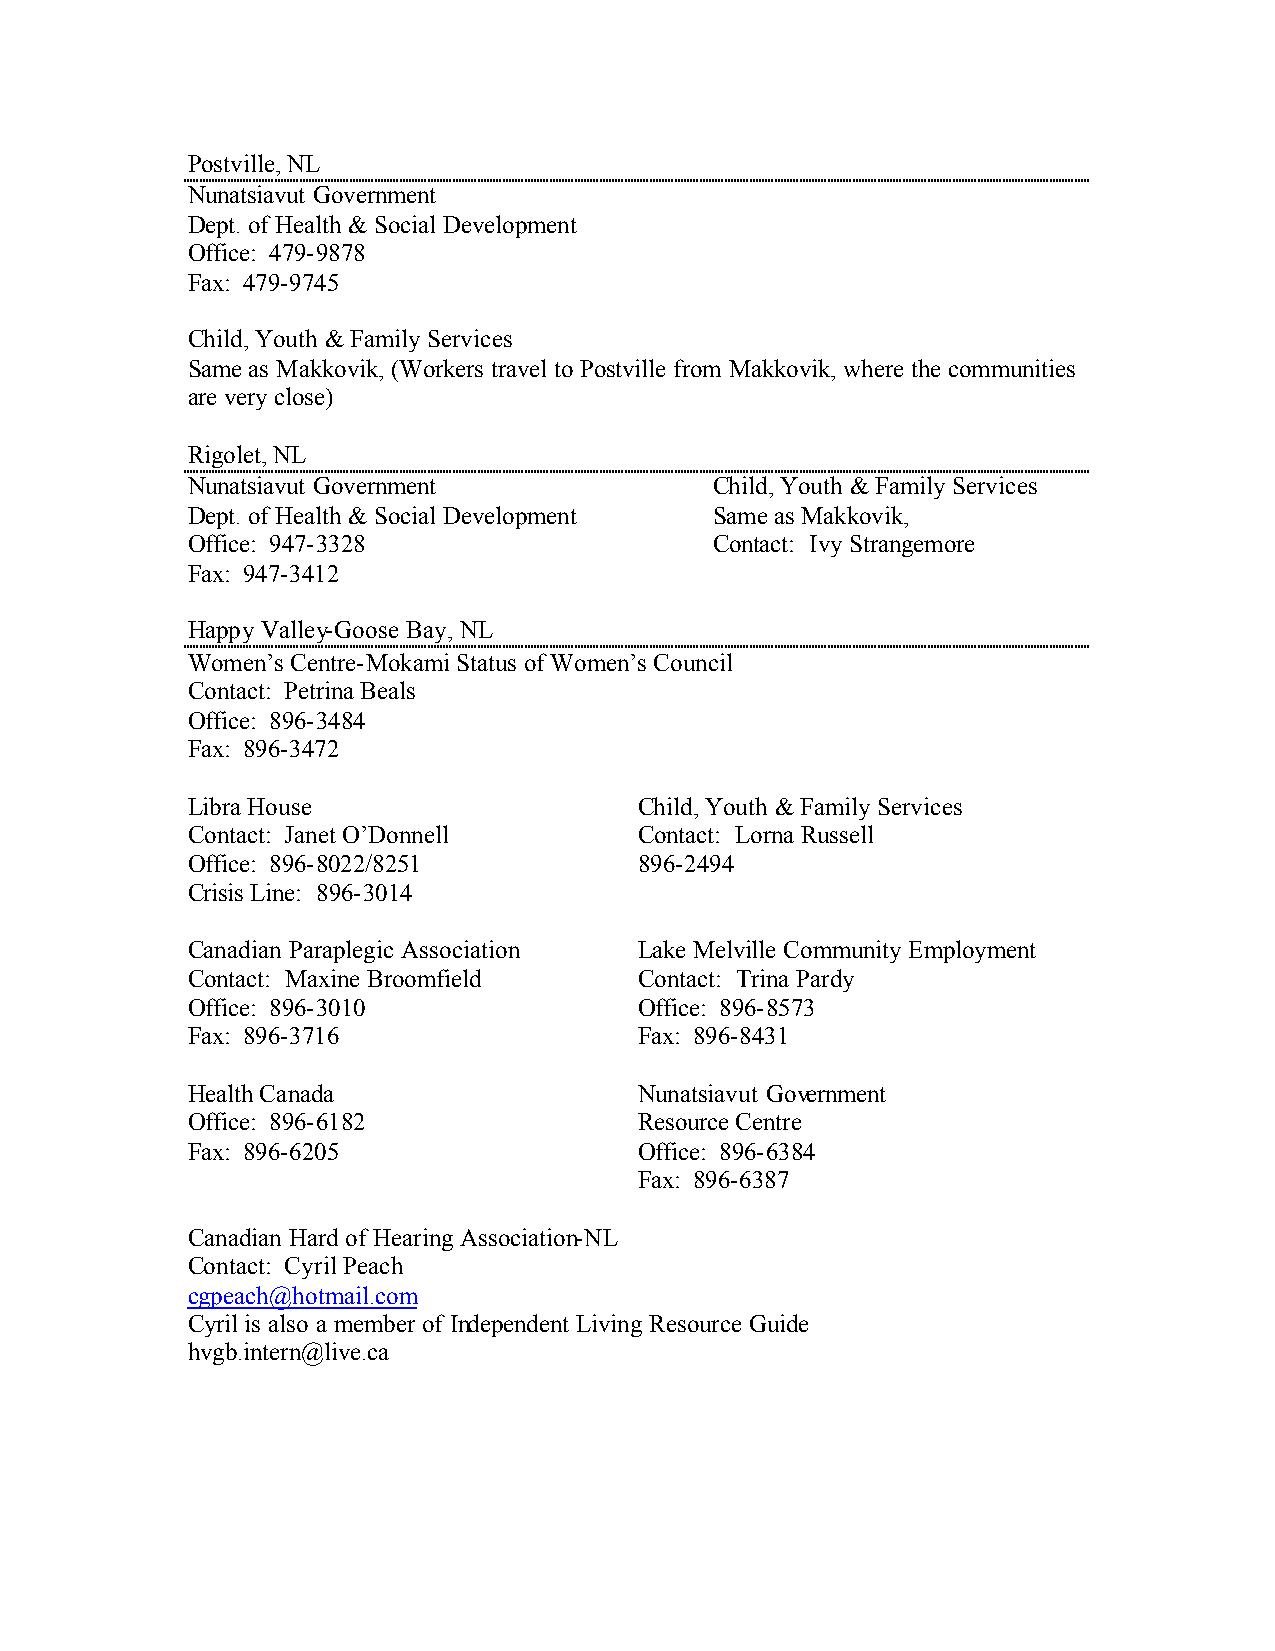
Postville, NL
 Nunatsiavut Government
 Dept. of Health & Social Development
 Office: 479-9878
 Fax: 479-9745
 Child, Youth & Family Services
 Same as Makkovik, (Workers travel to Postville from Makkovik, where the communities
 are very close)
 Rigolet, NL
 Nunatsiavut Government             Child, Youth & Family Services
 Dept. of Health & Social Development Same as Makkovik,
 Office: 947-3328                   Contact: Ivy Strangemore
 Fax: 947-3412
 Happy Valley-Goose Bay, NL
 Women’s Centre-Mokami Status of Women’s Council
 Contact: Petrina Beals
 Office: 896-3484
 Fax: 896-3472
 Libra House                   Child, Youth & Family Services
 Contact: Janet O’Donnell      Contact: Lorna Russell
 Office: 896-8022/8251         896-2494
 Crisis Line: 896-3014
 Canadian Paraplegic Association Lake Melville Community Employment
 Contact: Maxine Broomfield    Contact: Trina Pardy
 Office: 896-3010              Office: 896-8573
 Fax: 896-3716                 Fax: 896-8431
 Health Canada                 Nunatsiavut Government
 Office: 896-6182              Resource Centre
 Fax: 896-6205                 Office: 896-6384
 Fax: 896-6387
 Canadian Hard of Hearing Association-NL
 Contact: Cyril Peach
 cgpeach@hotmail.com
 Cyril is also a member of Independent Living Resource Guide
 hvgb.intern@live.ca